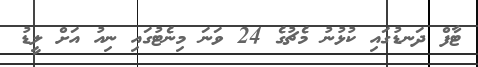
ޓާފް ދަނޑުގައި ކުޅުނު މެޗުގެ 24 ވަނަ މިނެޓުގައި ނިއު އަށް ލީޑު